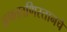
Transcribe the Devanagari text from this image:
अफङाणिस्तानचे